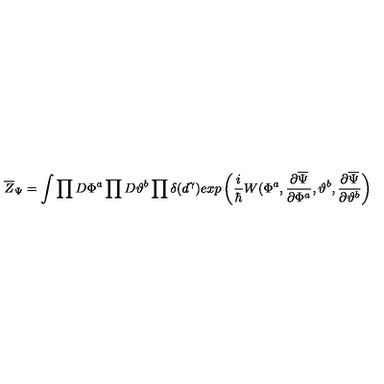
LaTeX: \overline { { Z } } _ { \Psi } = \int \prod D \Phi ^ { a } \prod D \vartheta ^ { b } \prod \delta ( d ^ { \gamma } ) e x p \left( { \frac { i } { \hbar } } W ( \Phi ^ { a } , { \frac { \partial \overline { \Psi } } { \partial \Phi ^ { a } } } , \vartheta ^ { b } , { \frac { \partial \overline { \Psi } } { \partial \vartheta ^ { b } } } \right)